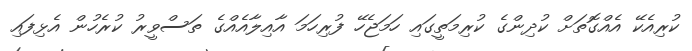
ކުރިއެކޭ އެއްގޮތަށް ކުދިންގެ ކުރިމަތީގައި ހަމަޖެހޭ ފުރިހަމަ އާއިލާއެއްގެ ތަސްވީރު ކުރެހުން އެޅިފައި